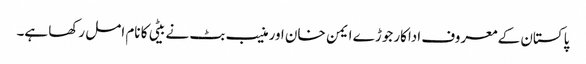
پاکستان کے معروف اداکار جوڑے ایمن خان اور منیب بٹ نے بیٹی کا نام امل رکھا ہے۔